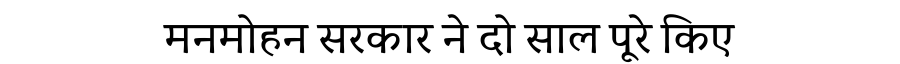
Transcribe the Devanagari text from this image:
मनमोहन सरकार ने दो साल पूरे किए